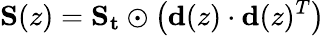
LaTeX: \mathbf{S}(z)=\mathbf{S_{t}}\odot\left(\mathbf{d}(z)\cdot\mathbf{d}(z)^{T}\right)